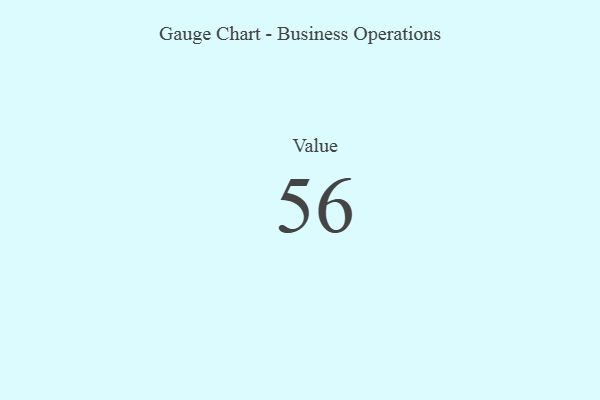
{"axis": {"x": "Metric", "y": "Value"}, "legend": [""], "data": [{"x": "Value", "y": 56, "type": ""}]}